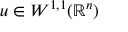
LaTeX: u \in W ^ { 1 , 1 } ( \mathbb { R } ^ { n } )